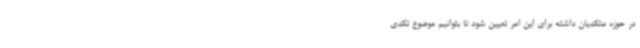
در حوزه متکدیان داشته برای این امر تعیین شود تا بتوانیم موضوع تکدی